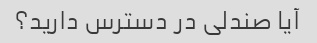
آیا صندلی در دسترس دارید؟